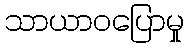
သာယာဝပြောမှု